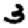
Digit: 3